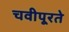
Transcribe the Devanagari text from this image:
चवीपूरते